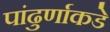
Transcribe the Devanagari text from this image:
पांढुर्णाकडे